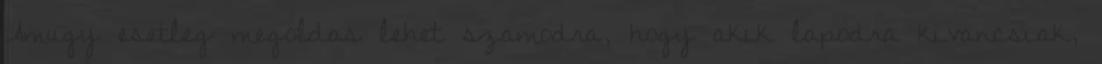
Amugy esetleg megoldas lehet szamodra, hogy akik lapodra kivancsiak,